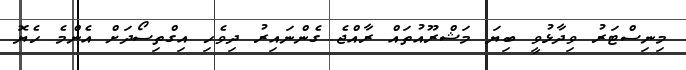
މިނިސްޓަރު ވިދާޅުވީ ބިޔަ މަޝްރޫއުތައް ރާއްޖެ ގެންނައިރު ދިވެހި އިގްތިސޯދަށް އެންމެ ހެޔޮ